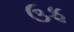
ઉફ